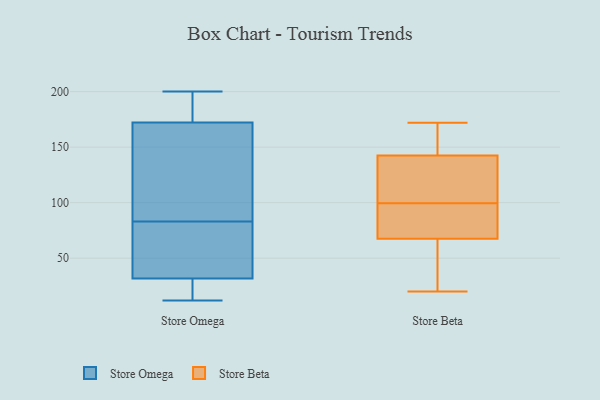
{"axis": {"x": "Tickets Resolved", "y": "Value"}, "legend": ["Store Beta", "Store Omega"], "data": [{"x": "", "y": 12, "type": "Store Omega"}, {"x": "", "y": 64, "type": "Store Omega"}, {"x": "", "y": 59, "type": "Store Omega"}, {"x": "", "y": 164, "type": "Store Omega"}, {"x": "", "y": 197, "type": "Store Omega"}, {"x": "", "y": 125, "type": "Store Omega"}, {"x": "", "y": 83, "type": "Store Omega"}, {"x": "", "y": 199, "type": "Store Omega"}, {"x": "", "y": 18, "type": "Store Omega"}, {"x": "", "y": 200, "type": "Store Omega"}, {"x": "", "y": 36, "type": "Store Omega"}, {"x": "", "y": 130, "type": "Store Omega"}, {"x": "", "y": 19, "type": "Store Omega"}, {"x": "", "y": 150, "type": "Store Beta"}, {"x": "", "y": 89, "type": "Store Beta"}, {"x": "", "y": 67, "type": "Store Beta"}, {"x": "", "y": 68, "type": "Store Beta"}, {"x": "", "y": 80, "type": "Store Beta"}, {"x": "", "y": 145, "type": "Store Beta"}, {"x": "", "y": 135, "type": "Store Beta"}, {"x": "", "y": 110, "type": "Store Beta"}, {"x": "", "y": 172, "type": "Store Beta"}, {"x": "", "y": 34, "type": "Store Beta"}, {"x": "", "y": 140, "type": "Store Beta"}, {"x": "", "y": 20, "type": "Store Beta"}]}